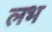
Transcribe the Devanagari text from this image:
लभ